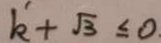
k ^ { \prime } + \sqrt { 3 } \leq 0 .